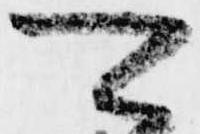
可